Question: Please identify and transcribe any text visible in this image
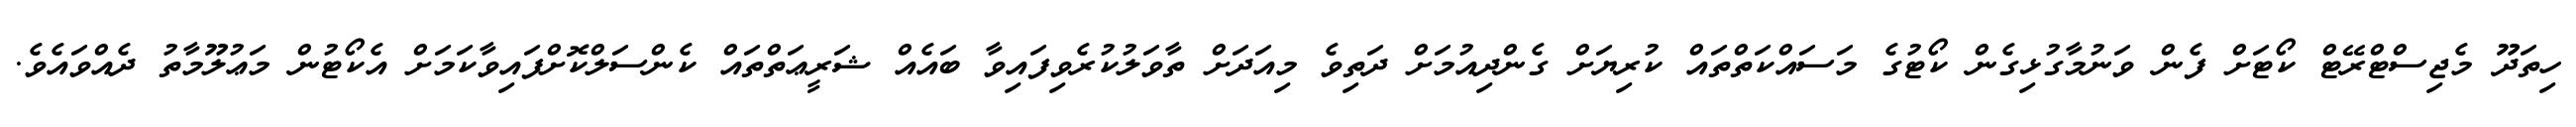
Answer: ހިތަދޫ މެޖިސްޓްރޭޓް ކޯޓަށް ފެން ވަނުމާގުޅިގެން ކޯޓުގެ މަސައްކަތްތައް ކުރިޔަށް ގެންދިއުމަށް ދަތިވެ މިއަދަށް ތާވަލުކުރެވިފައިވާ ބައެއް ޝަރީޢަތްތައް ކެންސަލްކޮށްފައިވާކަމަށް އެކޯޓުން މަޢުލޫމާތު ދެއްވައެވެ.